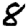
Digit: 8